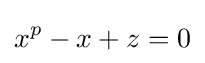
x^{p}-x+z=0